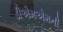
ડીએમએમની